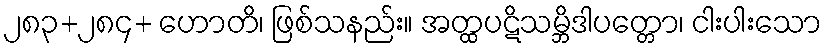
၂၈၃+၂၈၄+ ဟောတိ၊ ဖြစ်သနည်း။ အတ္ထပဋိသမ္ဘိဒါပတ္တော၊ ငါးပါးသော